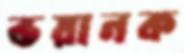
ভয়ানক